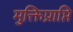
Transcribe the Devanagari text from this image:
मुक्तिप्राप्ति